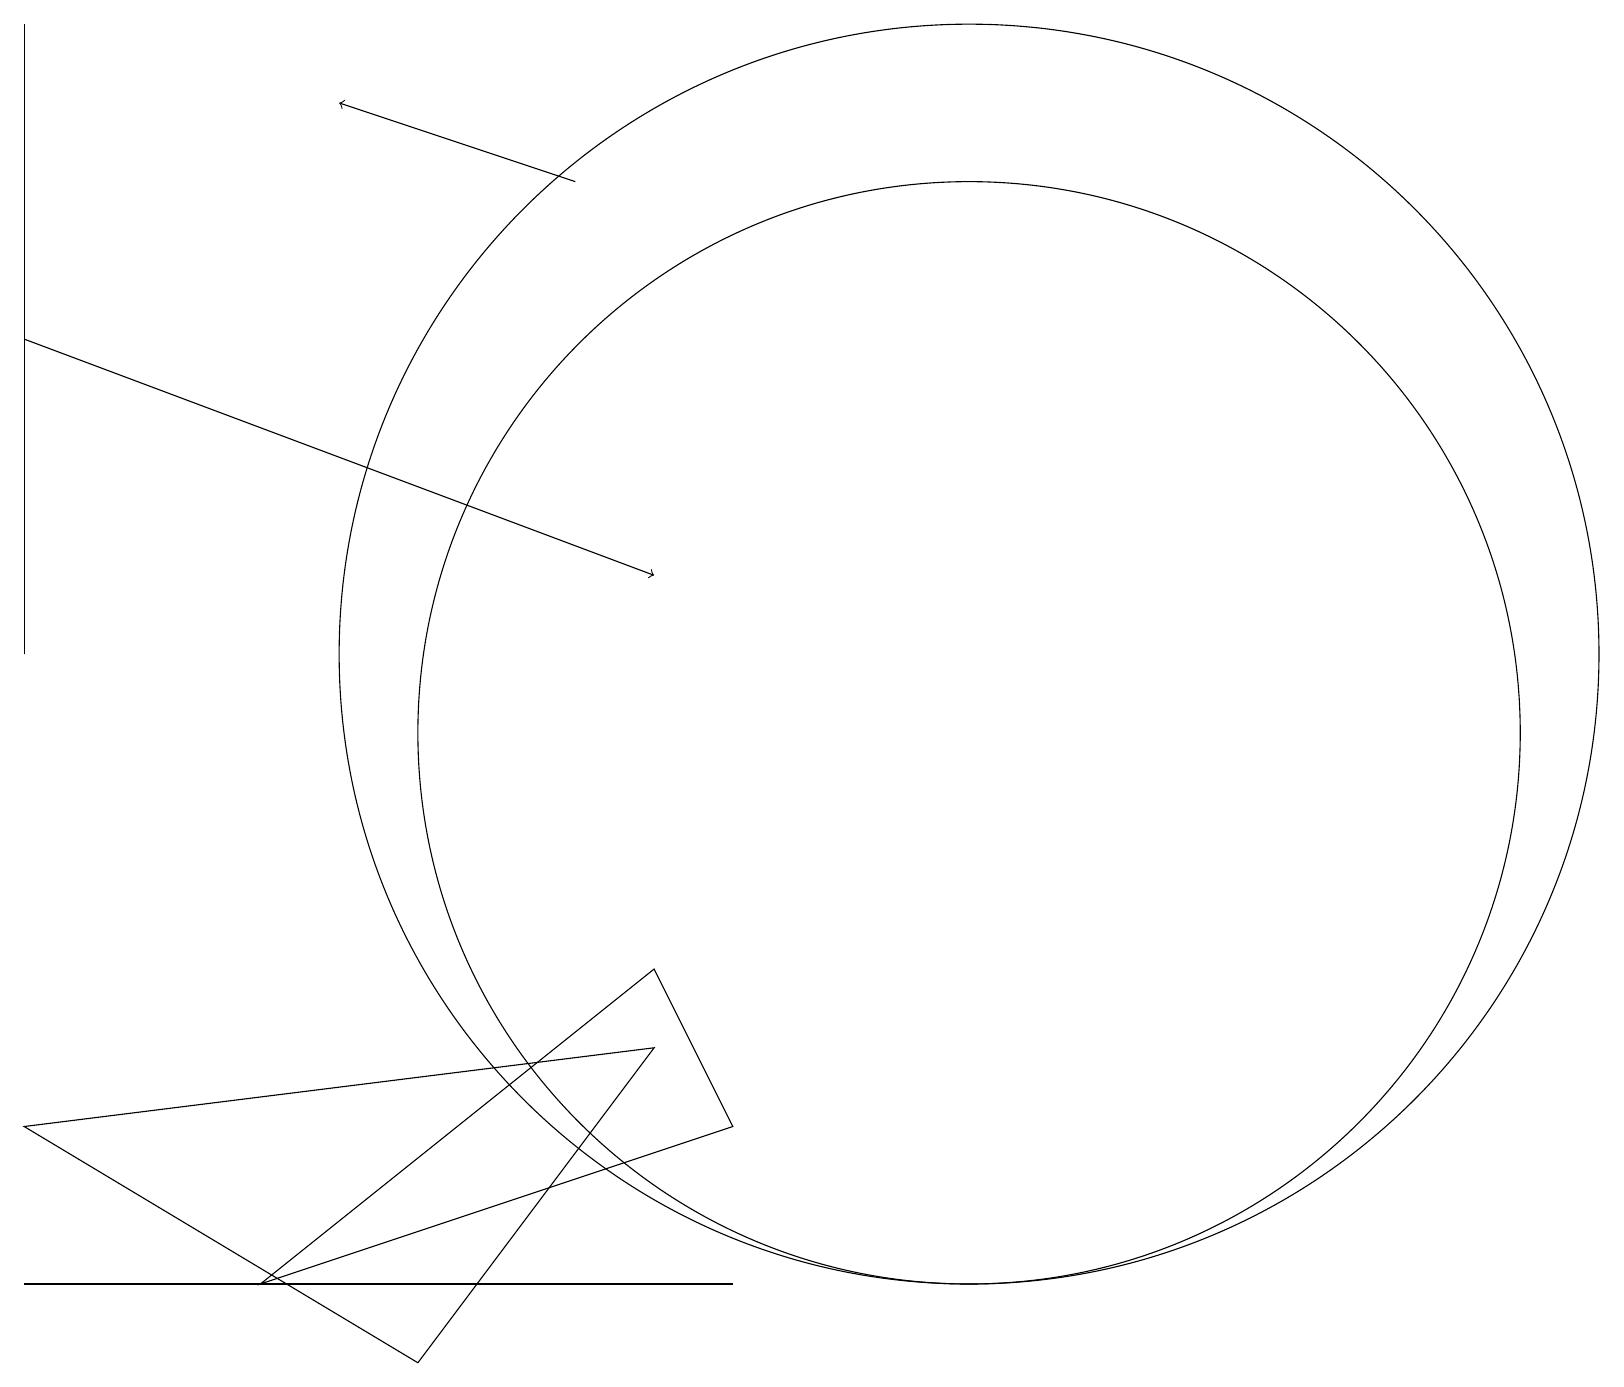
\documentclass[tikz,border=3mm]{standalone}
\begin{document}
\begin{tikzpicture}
\draw (12,11) circle (8);
\draw[->] (0,15) -- (8,12);
\draw (6,3) -- (9,3) -- (0,3) -- cycle;
\draw (3,3) -- (9,5) -- (8,7) -- cycle;
\draw (0,19) rectangle (0,11);
\draw[->] (7,17) -- (4,18);
\draw (12,10) circle (7);
\draw (8,6) -- (5,2) -- (0,5) -- cycle;
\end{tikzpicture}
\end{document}